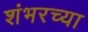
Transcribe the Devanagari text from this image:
शंभरच्या